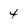
Character: 4